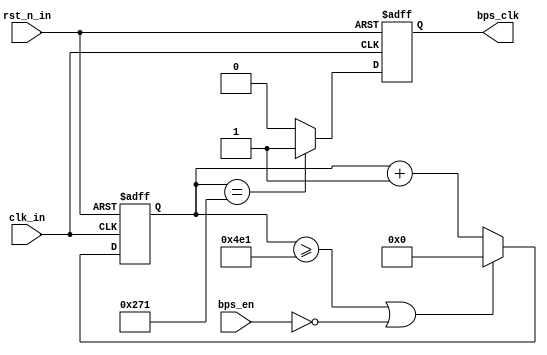
module Baud #
(
parameter				BPS_PARA = 1250 // bps_clk period for 9600 baud rate when clk_in was 12MHz
)
(
input					clk_in,		// 12MHz system clock
input					rst_n_in,	// system reset, active low
input					bps_en,		// start beat request
output	reg				bps_clk		// data receive or transfer beat for 9600 bps
);	

reg				[12:0]	cnt;
// count for baud rate
always @ (posedge clk_in or negedge rst_n_in) begin
	if(!rst_n_in) 
		cnt <= 1'b0;
	else if((cnt >= BPS_PARA-1)||(!bps_en)) 
		cnt <= 1'b0;	
	else 
		cnt <= cnt + 1'b1;
end
	
// generate bps_clk signal
always @ (posedge clk_in or negedge rst_n_in)
	begin
		if(!rst_n_in) 
			bps_clk <= 1'b0;
		else if(cnt == (BPS_PARA>>1)) 
			bps_clk <= 1'b1;	
		else 
			bps_clk <= 1'b0;
	end

endmodule